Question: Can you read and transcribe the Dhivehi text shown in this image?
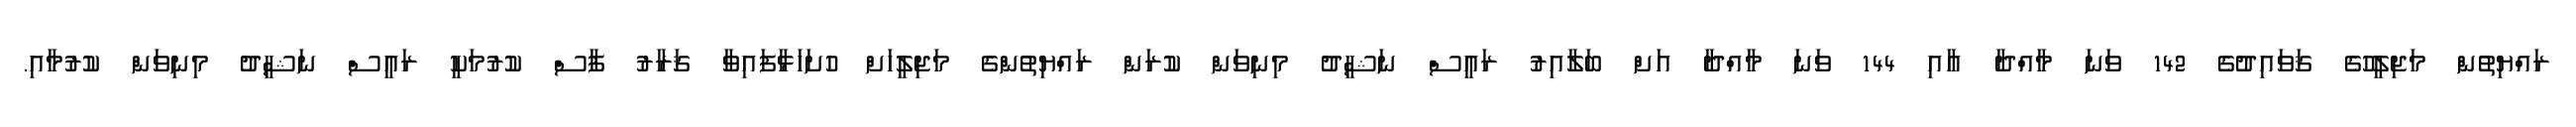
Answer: ރައްޔިތުން މަޖިލީހުގެ ޤަވައިދުގެ 142 ވަނަ މާއްދާ އާއި 144 ވަނަ މާއްދާ އަށް ބަލާއިރު ރައީސް ނަޝީދު މިނިވަން ކުރަން ރައްޔިތުންގެ މަޖިލީހަށް ހުށަހަޅާފައިވާ ޤަރާރު ފާސް ކުރުމަކީ ރައީސް ނަޝީދު މިނިވަން ކުރުމާއި.